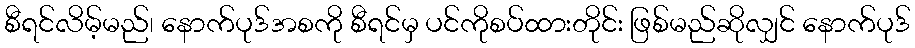
စီရင်လိမ့်မည်၊ နောက်ပုဒ်အစကို စီရင်မှ ပင်ကိုစပ်ထားတိုင်း ဖြစ်မည်ဆိုလျှင် နောက်ပုဒ်